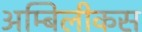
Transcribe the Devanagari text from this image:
अम्बिलीकस